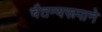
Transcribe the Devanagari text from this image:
चैतन्यरूपाने